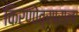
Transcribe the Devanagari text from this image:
किरणोत्साराला